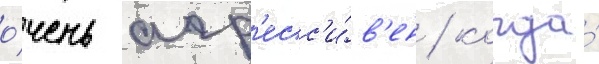
о́чень агр'есс'и́в'ен / когда́